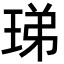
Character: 珶